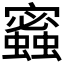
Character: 𧓫